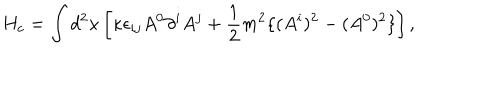
H _ { c } = \int d ^ { 2 } x \left[ { \kappa } \epsilon _ { i j } A ^ { 0 } \partial ^ { i } A ^ { j } + \frac { 1 } { 2 } m ^ { 2 } \{ ( A ^ { i } ) ^ { 2 } - ( A ^ { 0 } ) ^ { 2 } \} \right] ,